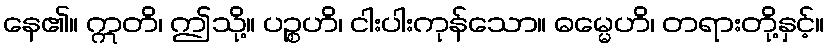
နေ၏။ ဣတိ၊ ဤသို့။ ပဉ္စဟိ၊ ငါးပါးကုန်သော။ ဓမ္မေဟိ၊ တရားတို့နှင့်။